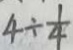
4 \div \frac { 1 } { 4 }